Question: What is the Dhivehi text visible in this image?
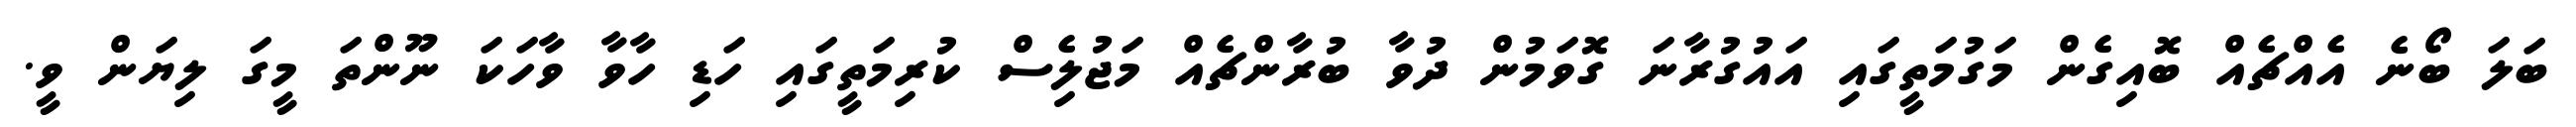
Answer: ބަލަ ބޯނެ އެއްޗެއް ބޮއިގެން މަގުމަތީގައި އައުގުރާނަ ގޮވަމުން ދުވާ ބުރާންޗެއް މަޖުލެިސް ކުރިމަތީގައި ހަޑި ހާވާ ވާހަކަ ނޫންތަ މީގަ ލިޔަން ވީ.